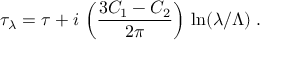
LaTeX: \tau _ { \lambda } = \tau + i \, \left( \frac { 3 C _ { 1 } - C _ { 2 } } { 2 \pi } \right) \, \ln ( \lambda / \Lambda ) \; .